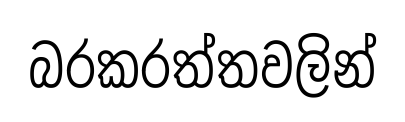
බරකරත්තවලින්